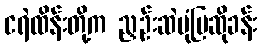
ငရဲထိန်းတို့က ညှဉ်းဆဲပုံပြဆိုခန်း